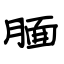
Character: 腼